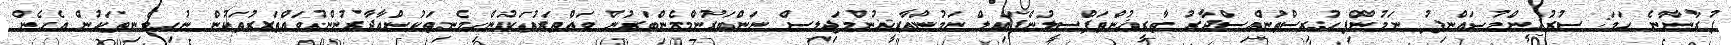
ފުރާނާނެ ހަމަ: ސުރުޚީންމުޞައްނިފު ނަމުންފިހުރިސްތުންއިސްދާރު ތާރީޚުންތަފްސީލުންފައިލް ނަމުންތާރީޚުންމަޖިލިސް ނަންބަރުންމެންބަރުން ވައްތަރުތަކުންހިމެނިތަކުންއާދާރުންނުވައްތަރުތަކުން ނުހިމެނިތަކުން އެހެން